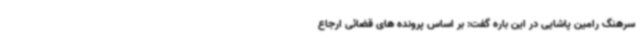
سرهنگ رامین پاشایی در این باره گفت: بر اساس پرونده های قضائی ارجاع